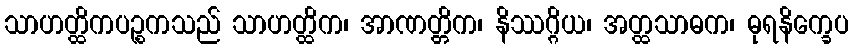
သာဟတ္ထိကပဉ္စကသည် သာဟတ္ထိက၊ အာဏတ္တိက၊ နိဿဂ္ဂိယ၊ အတ္ထသာဓက၊ ဓုရနိက္ခေပ